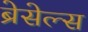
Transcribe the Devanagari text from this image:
ब्रेसेल्स